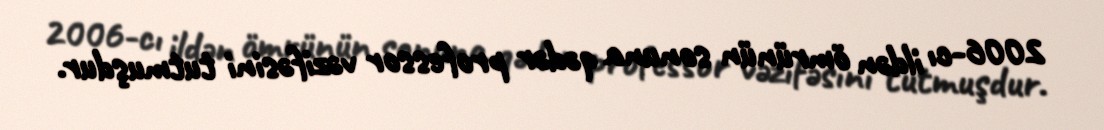
2006-cı ildən ömrünün sonuna qədər professor vəzifəsini tutmuşdur.